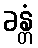
ခန္တံ